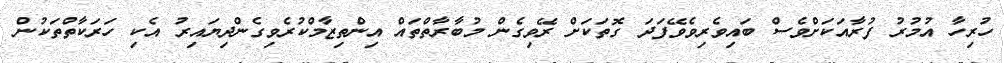
ހުރިހާ އުމުރު ފުރާއަކަށްވެސް ބައިވެރިވެވޭފަދަ ގޮތަކަށް ރޭވިގެން މުބާރާތްތައް އިންތިޒާމްކުރެވިގެންދިޔައިރު އެކި ހަރަކާތްތަކުން